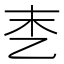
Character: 𪜑